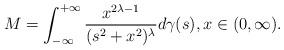
LaTeX: \begin{align*}M=\int_{-\infty }^{+\infty }\frac{x^{2\lambda-1}}{(s^2+x^2)^\lambda }d\gamma (s),x\in (0,\infty ).\end{align*}